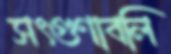
সৎগুণাবলি